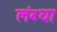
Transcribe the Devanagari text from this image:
लंब्या